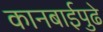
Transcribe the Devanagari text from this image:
कानबाईपुढे